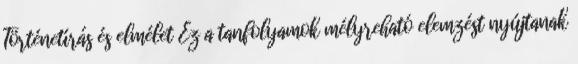
Történetírás és elmélet Ez a tanfolyamok mélyreható elemzést nyújtanak